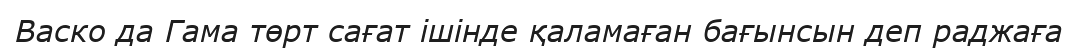
Васко да Гама төрт сағат ішінде қаламаған бағынсын деп раджаға